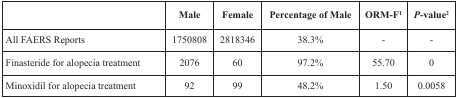
|  | Male | Female | Percentage of Male | ORM-F1 | P-value2 |
 | --- | --- | --- | --- | --- | --- |
 | All FAERS Reports | 1750808 | 2818346 | 38.3% | - | - |
 | Finasteride for alopecia treatment | 2076 | 60 | 97.2% | 55.70 | 0 |
 | Minoxidil for alopecia treatment | 92 | 99 | 48.2% | 1.50 | 0.0058 |